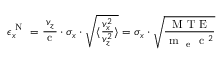
\epsilon _ { x } ^ { \mathrm { ~ N ~ } } = \frac { v _ { z } } { \mathrm { ~ c ~ } } \cdot \sigma _ { x } \cdot \sqrt { \langle \frac { v _ { x } ^ { 2 } } { v _ { z } ^ { 2 } } \rangle } = \sigma _ { x } \cdot \sqrt { \frac { \mathrm { ~ M ~ T ~ E ~ } } { \mathrm { ~ m ~ } _ { \mathrm { ~ e ~ } } \mathrm { ~ c ~ } ^ { 2 } } }